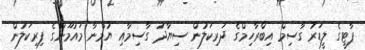
ޕާޓީގެ ލީޑަރު ގާސިމް އިބްރާހިމްގެ ދަރިކަލުން ސިޔާދު ގާސިމާއި ޔުމްނާ މައުމޫންގެ ފިރިކަލުން